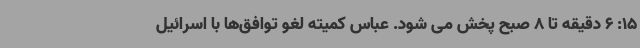
15: 6 دقیقه تا 8 صبح پخش می شود. عباس کمیته لغو توافق‌ها با اسرائیل